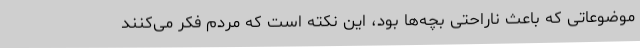
موضوعاتی که باعث ناراحتی بچه‌ها بود، این نکته است که مردم فکر می‌کنند